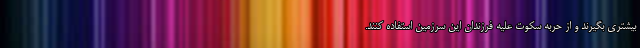
بیشتری بگیرند و از حربه سکوت علیه فرزندان این سرزمین استفاده کنند.